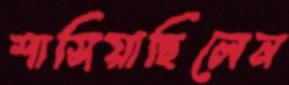
শাসিয়াছিলেন